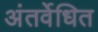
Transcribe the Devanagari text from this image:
अंतर्वेधित